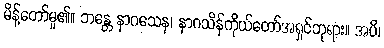
မိန့်တော်မူ၏။ ဘန္တေ နာဂသေန၊ နာဂသိန်ကိုယ်တော်အရှင်ဘုရား။ အပိ၊